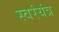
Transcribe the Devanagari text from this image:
स्वरंयंत्र